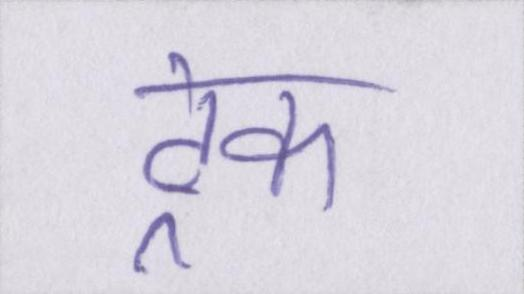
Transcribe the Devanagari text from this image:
ट्रेक